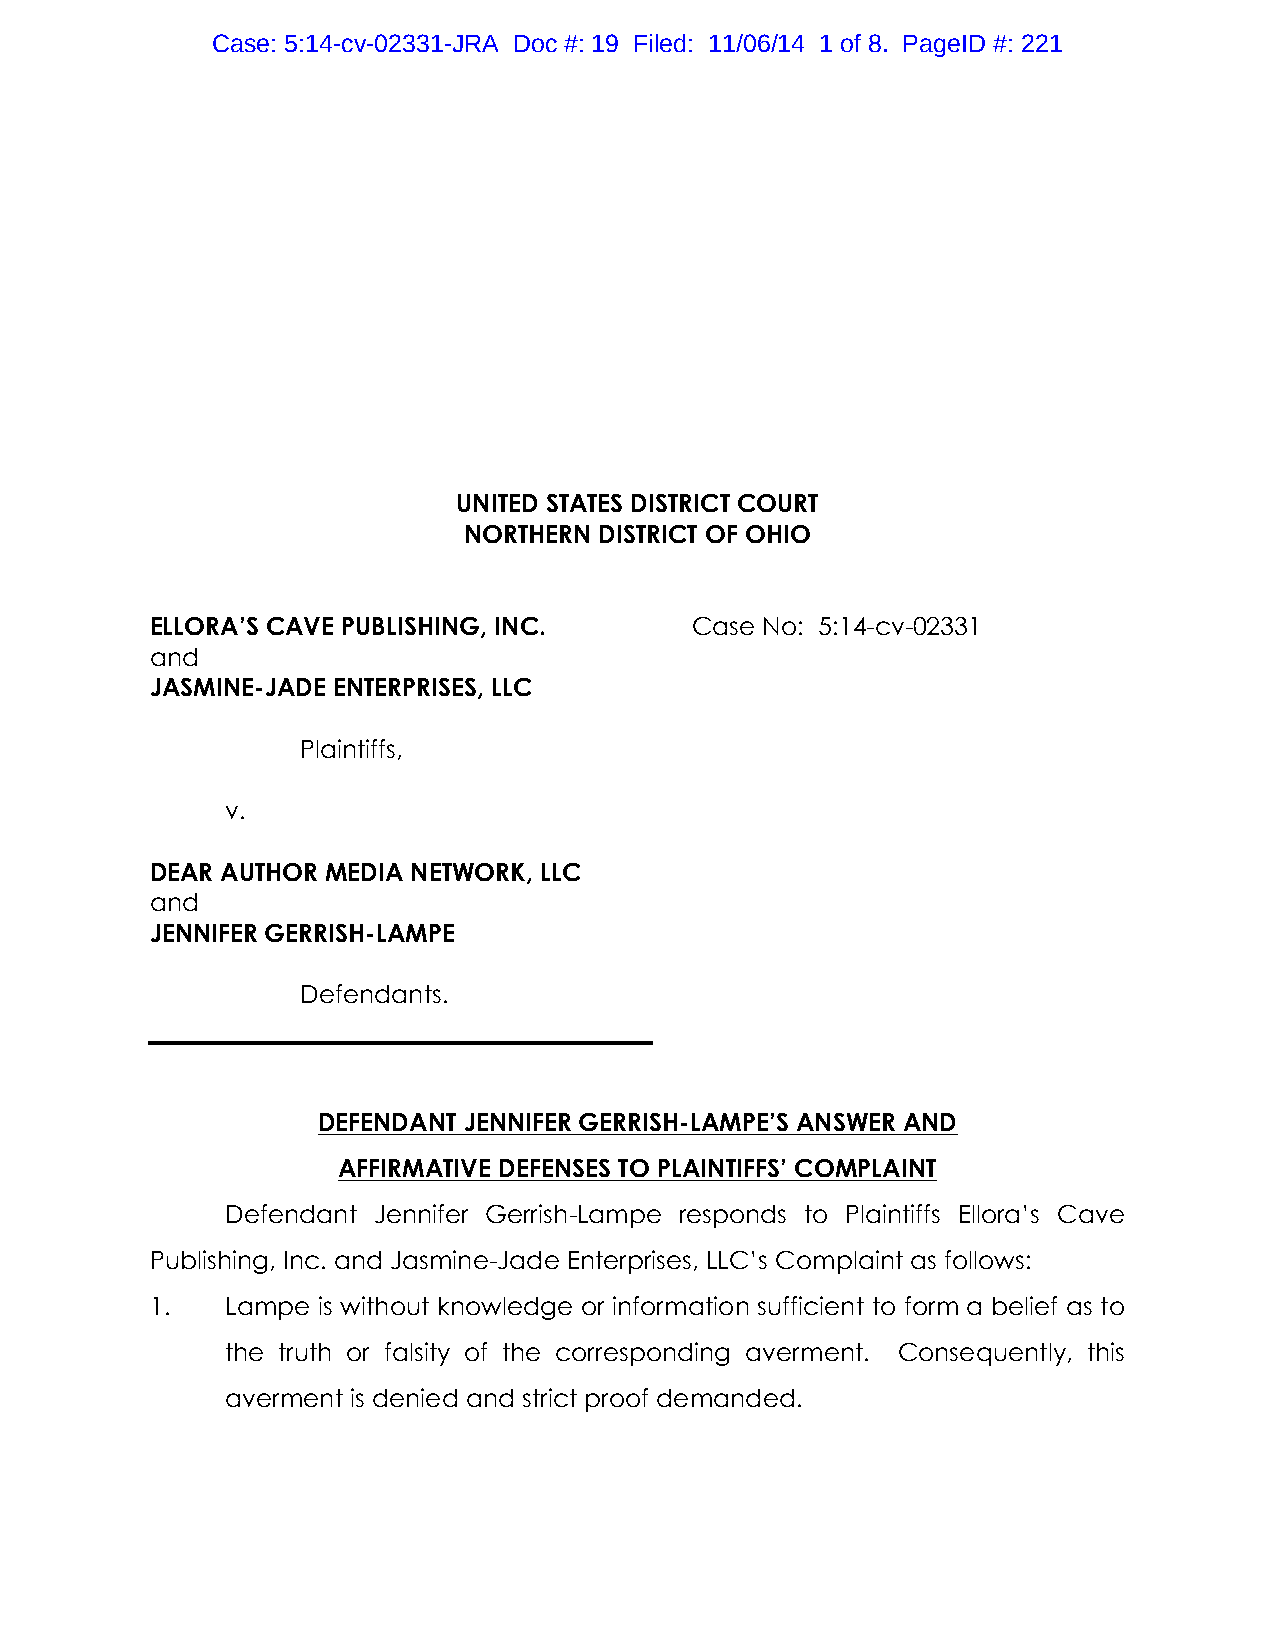
Case: 5:14-cv-02331-JRA Doc #: 19 Filed: 11/06/14 1 of 8. PageID #: 221
 UNITED STATES DISTRICT COURT
 NORTHERN DISTRICT OF OHIO
 ELLORA’S CAVE PUBLISHING, INC.      Case No: 5:14-cv-02331
 and
 JASMINE-JADE ENTERPRISES, LLC
 Plaintiffs,
 v.
 DEAR AUTHOR MEDIA NETWORK, LLC
 and
 JENNIFER GERRISH-LAMPE
 Defendants.
 DEFENDANT JENNIFER GERRISH-LAMPE’S ANSWER AND
 AFFIRMATIVE DEFENSES TO PLAINTIFFS’ COMPLAINT
 Defendant Jennifer Gerrish-Lampe responds to Plaintiffs Ellora’s Cave
 Publishing, Inc. and Jasmine-Jade Enterprises, LLC’s Complaint as follows:
 1.   Lampe is without knowledge or information sufficient to form a belief as to
 the truth or falsity of the corresponding averment. Consequently, this
 averment is denied and strict proof demanded.